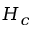
H _ { c }